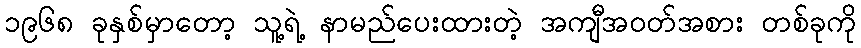
၁၉၆၈ ခုနှစ်မှာတော့ သူ့ရဲ့ နာမည်ပေးထားတဲ့ အကျီအဝတ်အစား တစ်ခုကို